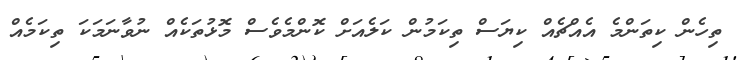
ތިހެން ކިތަންމެ އެއްޗެއް ކިޔަސް ތިކަމުން ކަލެއަށް ކޮންމެވެސް މޮޅުތަކެއް ނުވާނަމަކަ ތިކަމެއް